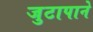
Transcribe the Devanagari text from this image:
जुटापाने